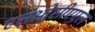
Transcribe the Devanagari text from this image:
एसओसीएएल